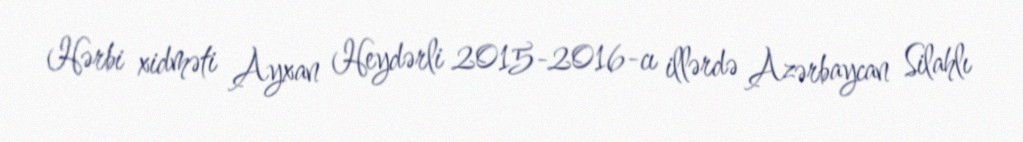
Hərbi xidməti Ayxan Heydərli 2015-2016-cı illərdə Azərbaycan Silahlı